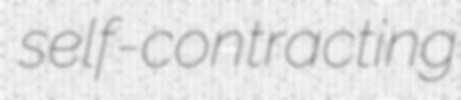
self-contracting